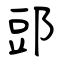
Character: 郖